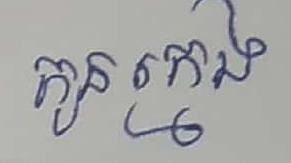
កូនក្មេង